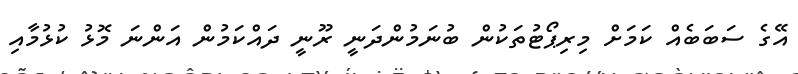
އޭގެ ސަބަބެއް ކަމަށް މިރިޕޯޓުތަކުން ބުނަމުންދަނީ ރޫނީ ދައްކަމުން އަންނަ މޮޅު ކުޅުމާއި